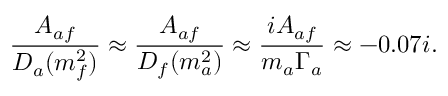
\frac { A _ { a f } } { D _ { a } ( m _ { f } ^ { 2 } ) } \approx \frac { A _ { a f } } { D _ { f } ( m _ { a } ^ { 2 } ) } \approx \frac { i A _ { a f } } { m _ { a } \Gamma _ { a } } \approx - 0 . 0 7 i .